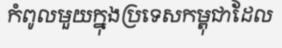
កំពូលមួយក្នុងប្រទេសកម្ពុជាដែល